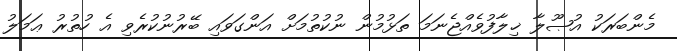
މެންބަރަކު އުޞޫލާ ޚިލާފުވެއްޖެނަމަ ތަޅުމުން ނުކުތުމަށް އަންގަވައި ބޭރުނުކުރެވި އެ ހުތުރު ޢަމަލު